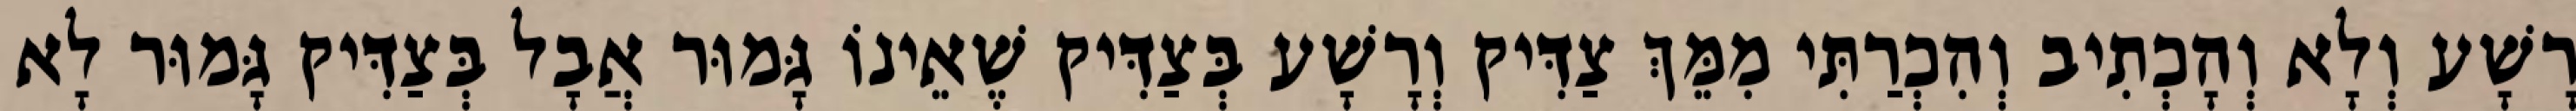
רָשָׁע וְלָא וְהָכְתִיב וְהִכְרַתִּי מִמֵּךְ צַדִּיק וְרָשָׁע בְּצַדִּיק שֶׁאֵינוֹ גָּמוּר אֲבָל בְּצַדִּיק גָּמוּר לָא